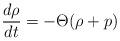
LaTeX: \begin{align*}\frac{d \rho}{dt}=-\Theta (\rho+p)\end{align*}